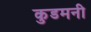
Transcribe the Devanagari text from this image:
कुडमनी